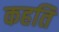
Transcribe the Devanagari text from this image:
कहति